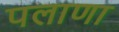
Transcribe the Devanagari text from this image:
पलाणा